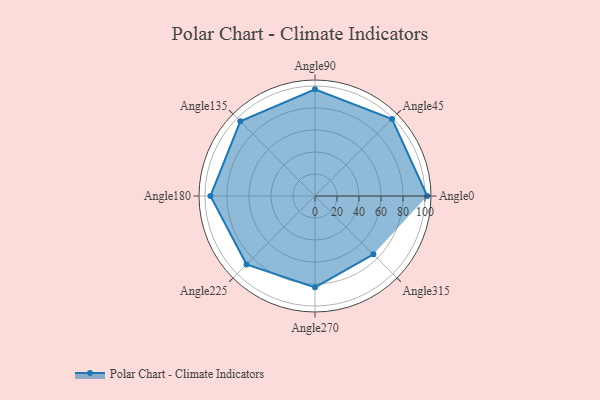
{"axis": {"x": "Angle", "y": "Radius"}, "legend": [""], "data": [{"x": "Angle0", "y": 102.0, "type": ""}, {"x": "Angle45", "y": 99.0, "type": ""}, {"x": "Angle90", "y": 97.0, "type": ""}, {"x": "Angle135", "y": 96.0, "type": ""}, {"x": "Angle180", "y": 95.0, "type": ""}, {"x": "Angle225", "y": 88.0, "type": ""}, {"x": "Angle270", "y": 83.0, "type": ""}, {"x": "Angle315", "y": 75.0, "type": ""}]}